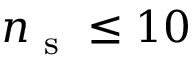
n _ { \mathrm { ~ s ~ } } \leq 1 0